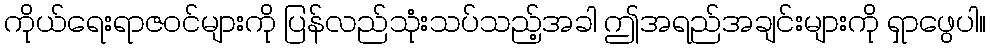
ကိုယ်ရေးရာဇဝင်များကို ပြန်လည်သုံးသပ်သည့်အခါ ဤအရည်အချင်းများကို ရှာဖွေပါ။